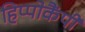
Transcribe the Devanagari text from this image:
हिप्पोकैंपी